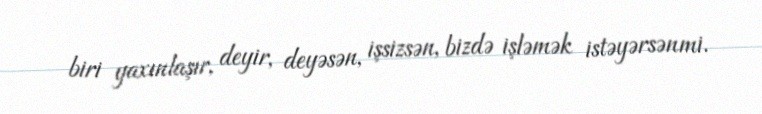
biri yaxınlaşır, deyir, deyəsən, işsizsən, bizdə işləmək istəyərsənmi.